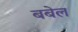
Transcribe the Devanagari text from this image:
बबेल